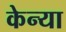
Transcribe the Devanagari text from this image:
केन्‍या